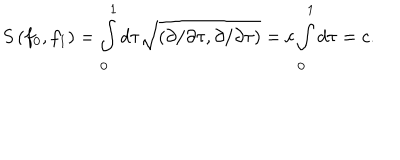
S \left( f _ { 0 } , f _ { 1 } \right) = \int _ { 0 } ^ { 1 } d \tau \sqrt { \left( \partial / \partial \tau , \partial / \partial \tau \right) } = c \int _ { 0 } ^ { 1 } d \tau = c .